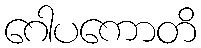
ဂေါပကောတိ